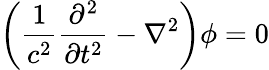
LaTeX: \left(\frac{1}{c^{2}}\frac{\partial^{2}}{\partial t^{2}}-\nabla^{2}\right)\phi=0